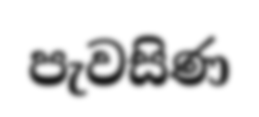
පැවසිණ